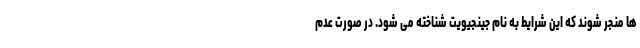
ها منجر شوند که این شرایط به نام جینجیویت شناخته می شود. در صورت عدم